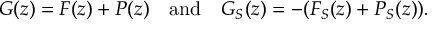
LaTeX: G ( z ) = F ( z ) + P ( z ) \quad \mathrm { a n d } \quad G _ { S } ( z ) = - ( F _ { S } ( z ) + P _ { S } ( z ) ) .